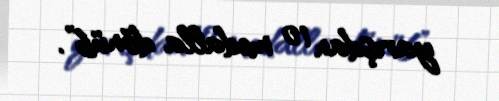
yarışdan 10 medalla dönüb”.